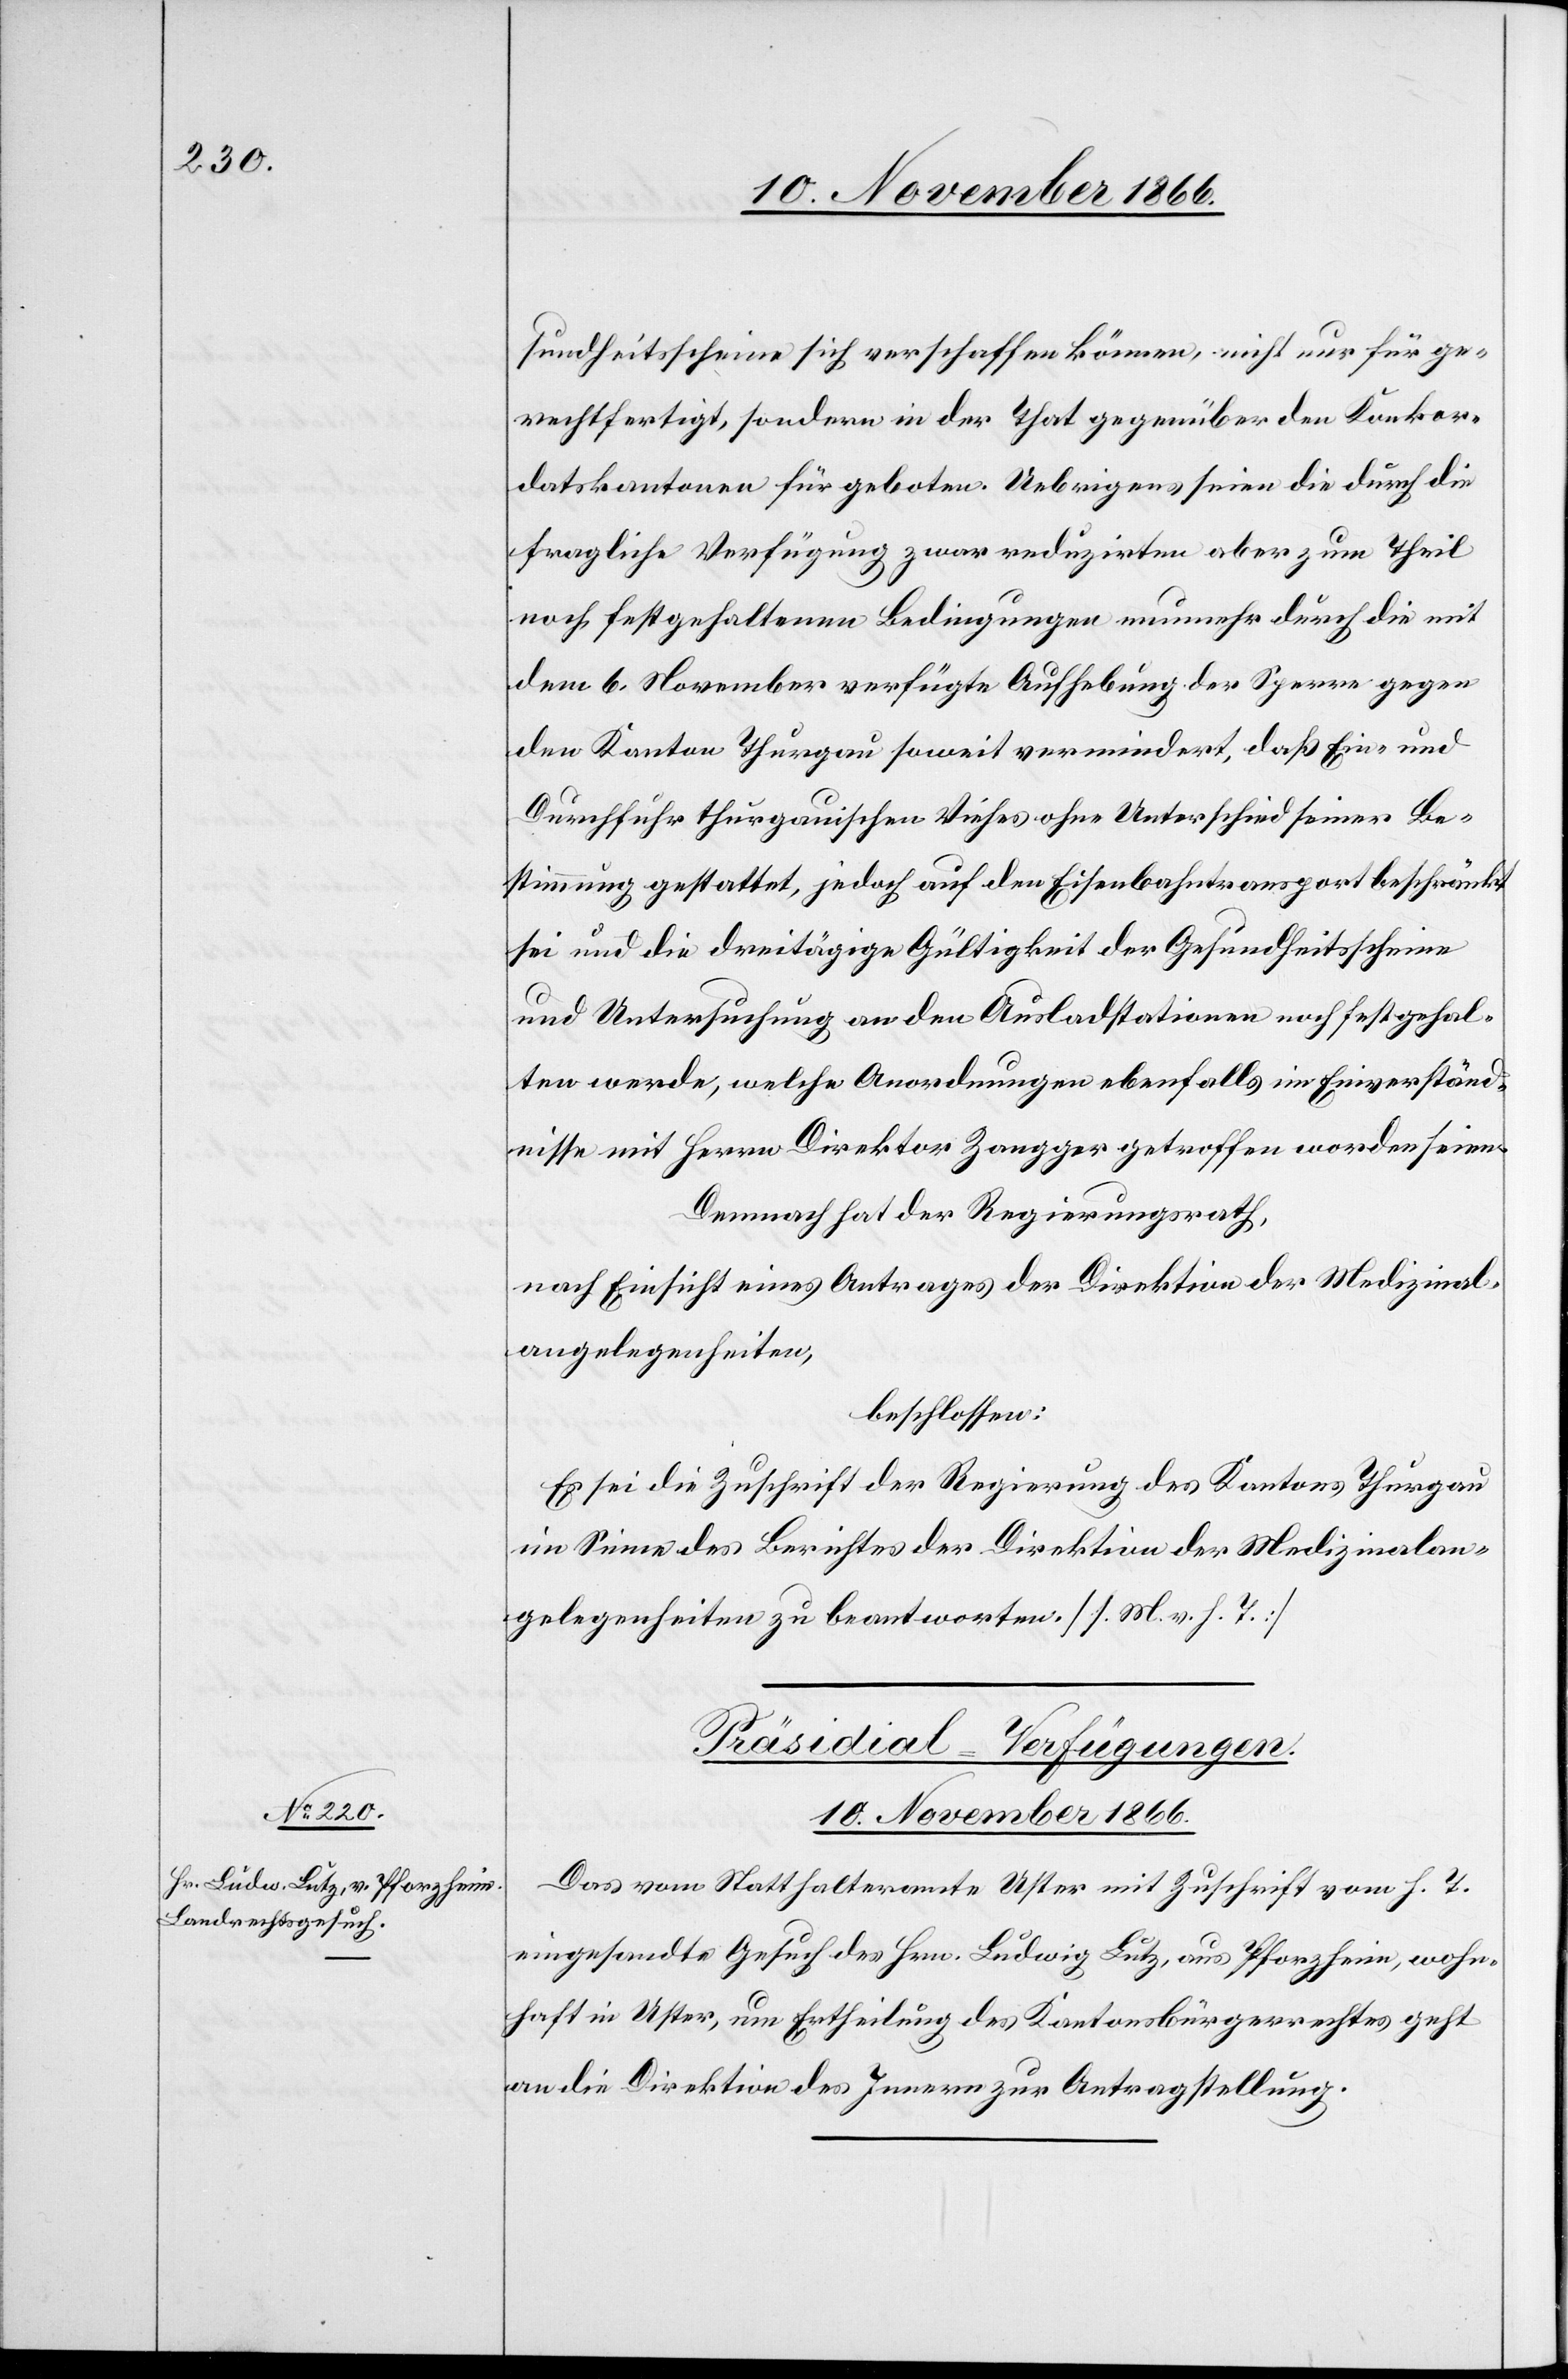
10. November 1866.
sundheitsscheine sich verschaffen können, nicht nur für ge¬
rechtfertigt, sondern in der That gegenüber den Konkor¬
datskantonen für geboten. Uebrigens seien die durch die
fragliche Verfügung zwar reduzirten aber zum Theil
noch festgehaltenen Bedingungen nunmehr durch die mit
dem 6. November verfügte Aufhebung der Sperre gegen
den Kanton Thurgau soweit vermindert, daß Ein- und
Durchfuhr thurgauischen Viehes ohne Unterschied seiner Be¬
stimmung gestattet, jedoch auf den Eisenbahntransport beschränkt
sei und die dreitägige Gültigkeit der Gesundheitsscheine
und Untersuchung an den Ausladstationen noch festgehal¬
ten werde, welche Anordnungen ebenfalls im Einverständ¬
nisse mit Herrn Direktor Zangger getroffen worden seien.
Demnach hat der Regierungsrath,
nach Einsicht eines Antrages der Direktion der Medizinal¬
angelegenheiten,
beschlossen:
Es sei die Zuschrift der Regierung des Kantons Thurgau
im Sinne des Berichtes der Direktion der Medizinalan¬
gelegenheiten zu beantworten. [l. M. v. h. T.]
Präsidial-Verfügungen.
Das vom Statthalteramte Uster mit Zuschrift vom h. T.
eingesandte Gesuch des Hrn. Ludwig Lutz, aus Pforzheim, wohn¬
haft in Uster, um Ertheilung des Kantonsbürgerrechtes, geht
an die Direktion des Innern zur Antragstellung.